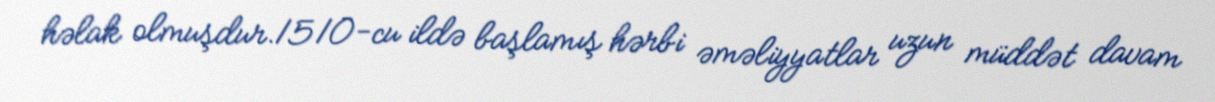
həlak olmuşdur.1510-cu ildə başlamış hərbi əməliyyatlar uzun müddət davam